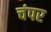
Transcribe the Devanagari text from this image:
चंपर